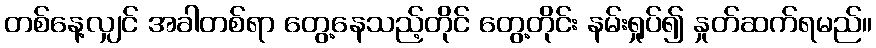
တစ်နေ့လျှင် အခါတစ်ရာ တွေ့နေသည့်တိုင် တွေ့တိုင်း နမ်းရှုပ်၍ နှုတ်ဆက်ရမည်။